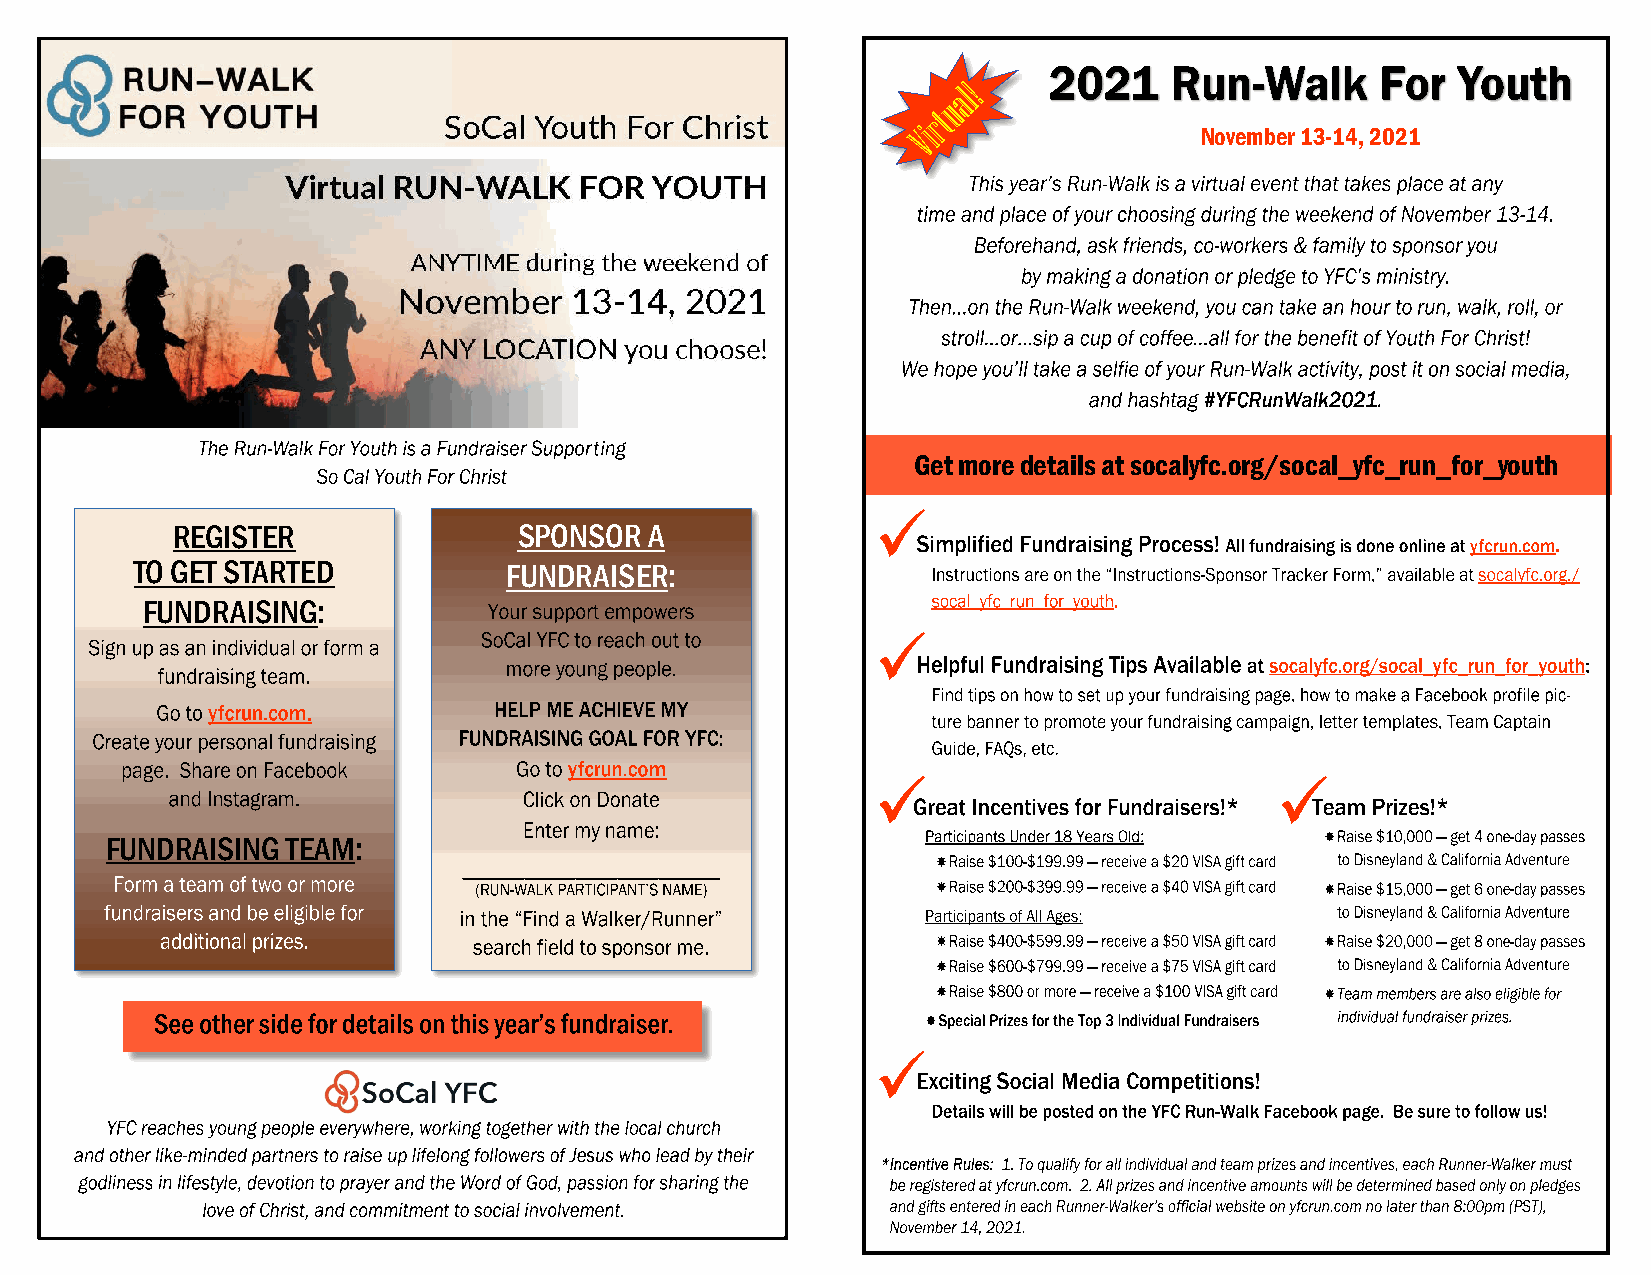
November 13-14, 2021
 Get more details at socalyfc.org/socal_yfc_run_for_youth
 REGISTER               SPONSOR  A
 TO GET STARTED           FUNDRAISER:
 FUNDRAISING:
 FUNDRAISING TEAM: